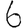
Digit: 6